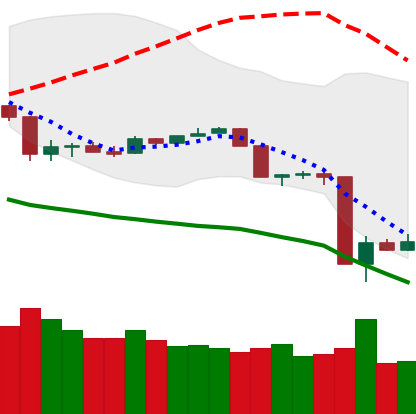
Ticker: TRX-USD
Chart end date: 2020-03-15
Forward return: 8.72%
Label: up_7plus